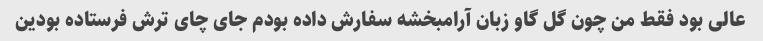
عالی بود فقط من چون گل گاو زبان آرامبخشه سفارش داده بودم جای چای ترش فرستاده بودین